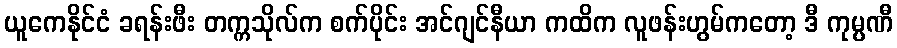
ယူကေနိုင်ငံ ခရန်းဖီး တက္ကသိုလ်က စက်ပိုင်း အင်ဂျင်နီယာ ကထိက လူဖန်းဟွမ်ကတော့ ဒီ ကုမ္ပဏီ